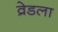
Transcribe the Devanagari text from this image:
व्रेडला